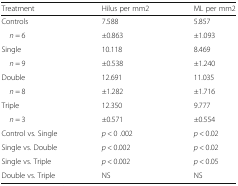
<table><thead><tr><td><b>Treatment</b></td><td><b>Hilus per mm2</b></td><td><b>ML per mm2</b></td></tr></thead><tbody><tr><td>Controls</td><td>7.588</td><td>5.857</td></tr><tr><td> <i>n</i> = 6</td><td>±0.863</td><td>±1.093</td></tr><tr><td>Single</td><td>10.118</td><td>8.469</td></tr><tr><td> <i>n</i> = 9</td><td>±0.538</td><td>±1.240</td></tr><tr><td>Double</td><td>12.691</td><td>11.035</td></tr><tr><td> <i>n</i> = 8</td><td>±1.282</td><td>±1.716</td></tr><tr><td>Triple</td><td>12.350</td><td>9.777</td></tr><tr><td> <i>n</i> = 3</td><td>±0.571</td><td>±0.554</td></tr><tr><td>Control vs. Single</td><td><i>p</i> &lt; 0 .002</td><td><i>p</i> &lt; 0.02</td></tr><tr><td>Single vs. Double</td><td><i>p</i> &lt; 0.002</td><td><i>p</i> &lt; 0.02</td></tr><tr><td>Single vs. Triple</td><td><i>p</i> &lt; 0.002</td><td><i>p</i> &lt; 0.05</td></tr><tr><td>Double vs. Triple</td><td>NS</td><td>NS</td></tr></tbody></table>